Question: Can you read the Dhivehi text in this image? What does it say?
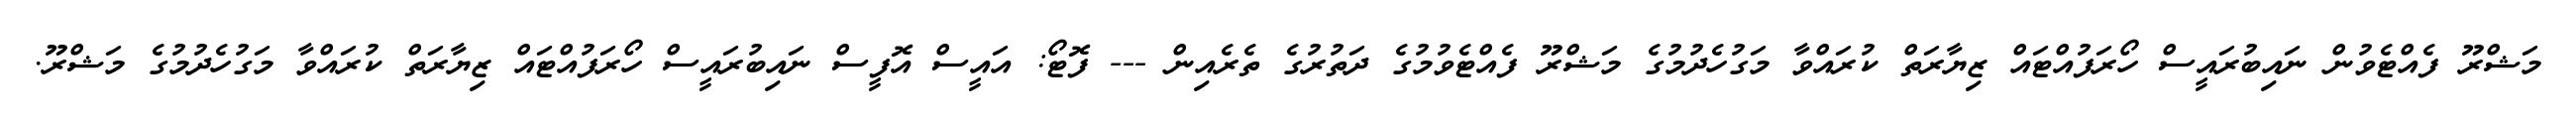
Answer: މަޝްރޫ ފެއްޓެވުން ނައިބުރައީސް ހޯރަފުއްޓައް ޒިޔާރަތް ކުރައްވާ މަގުހެދުމުގެ މަޝްރޫ ފެއްޓެވުމުގެ ދަތުރުގެ ތެރެއިން --- ފޮޓޯ: އައީސް އޮފީސް ނައިބުރައީސް ހޯރަފުއްޓައް ޒިޔާރަތް ކުރައްވާ މަގުހެދުމުގެ މަޝްރޫ.